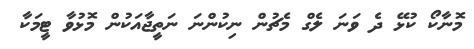
މޮނާކޯ ކުޅޭ ދެ ވަނަ ލެގް މެޗުން ނިކުންނަ ނަތީޖާއަކުން މޮޅުވާ ޓީމަކާ